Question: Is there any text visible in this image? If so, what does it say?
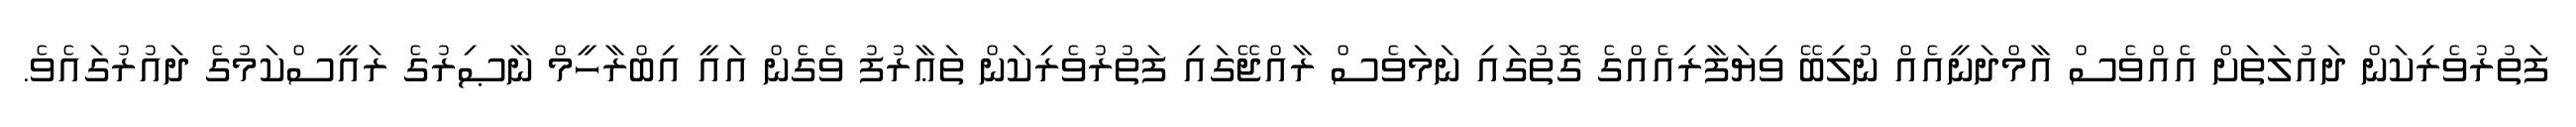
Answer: ފަތުރުވެރިކަން ދައުލަތަށް އެއްވެސް އާމްދަނީއެއް ނުލިބޭ ވިޔަފާރިއެއްގެ ގޮތުގައި ނަމަވެސް ރާއްޖޭގައި ފަތުރުވެރިކަން ތަޢާރުފު ވެގެން އައީ އިބްރާހީމް ނާޞިރުގެ ރައީސްކަމުގެ ދައުރުގައެވެ.